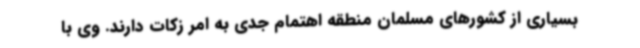
بسیاری از کشورهای مسلمان منطقه اهتمام جدی به امر زکات دارند. وی با